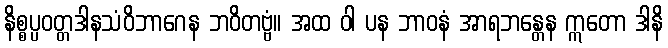
နိစ္စပ္ပဝတ္တဒါနသံဝိဘာဂေန ဘဝိတဗ္ဗံ။ အထ ဝါ ပန ဘာဝနံ အာရဘန္တေန ဣတော ဒါနိ